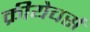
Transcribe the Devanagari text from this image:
क्रीयेचर्स